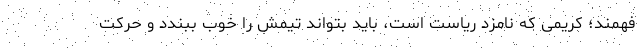
فهمند؛ کریمی که نامزد ریاست است، باید بتواند تیمش را خوب ببندد و حرکت